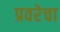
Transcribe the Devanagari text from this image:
प्रवरेचा